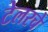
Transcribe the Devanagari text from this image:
टेलरचे